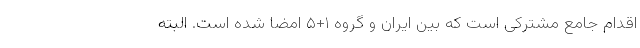
اقدام جامع مشترکی است که بین ایران و گروه ۱+۵ امضا شده است. البته